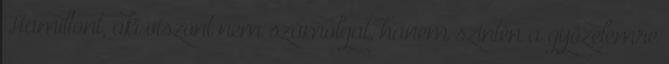
Hamiltont, aki viszont nem számolgat, hanem szintén a győzelemre